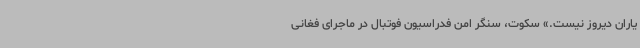
یاران دیروز نیست.» سکوت، سنگر امن فدراسیون فوتبال در ماجرای فغانی